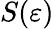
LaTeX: S(\varepsilon)